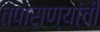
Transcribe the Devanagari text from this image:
तपासण्यांची